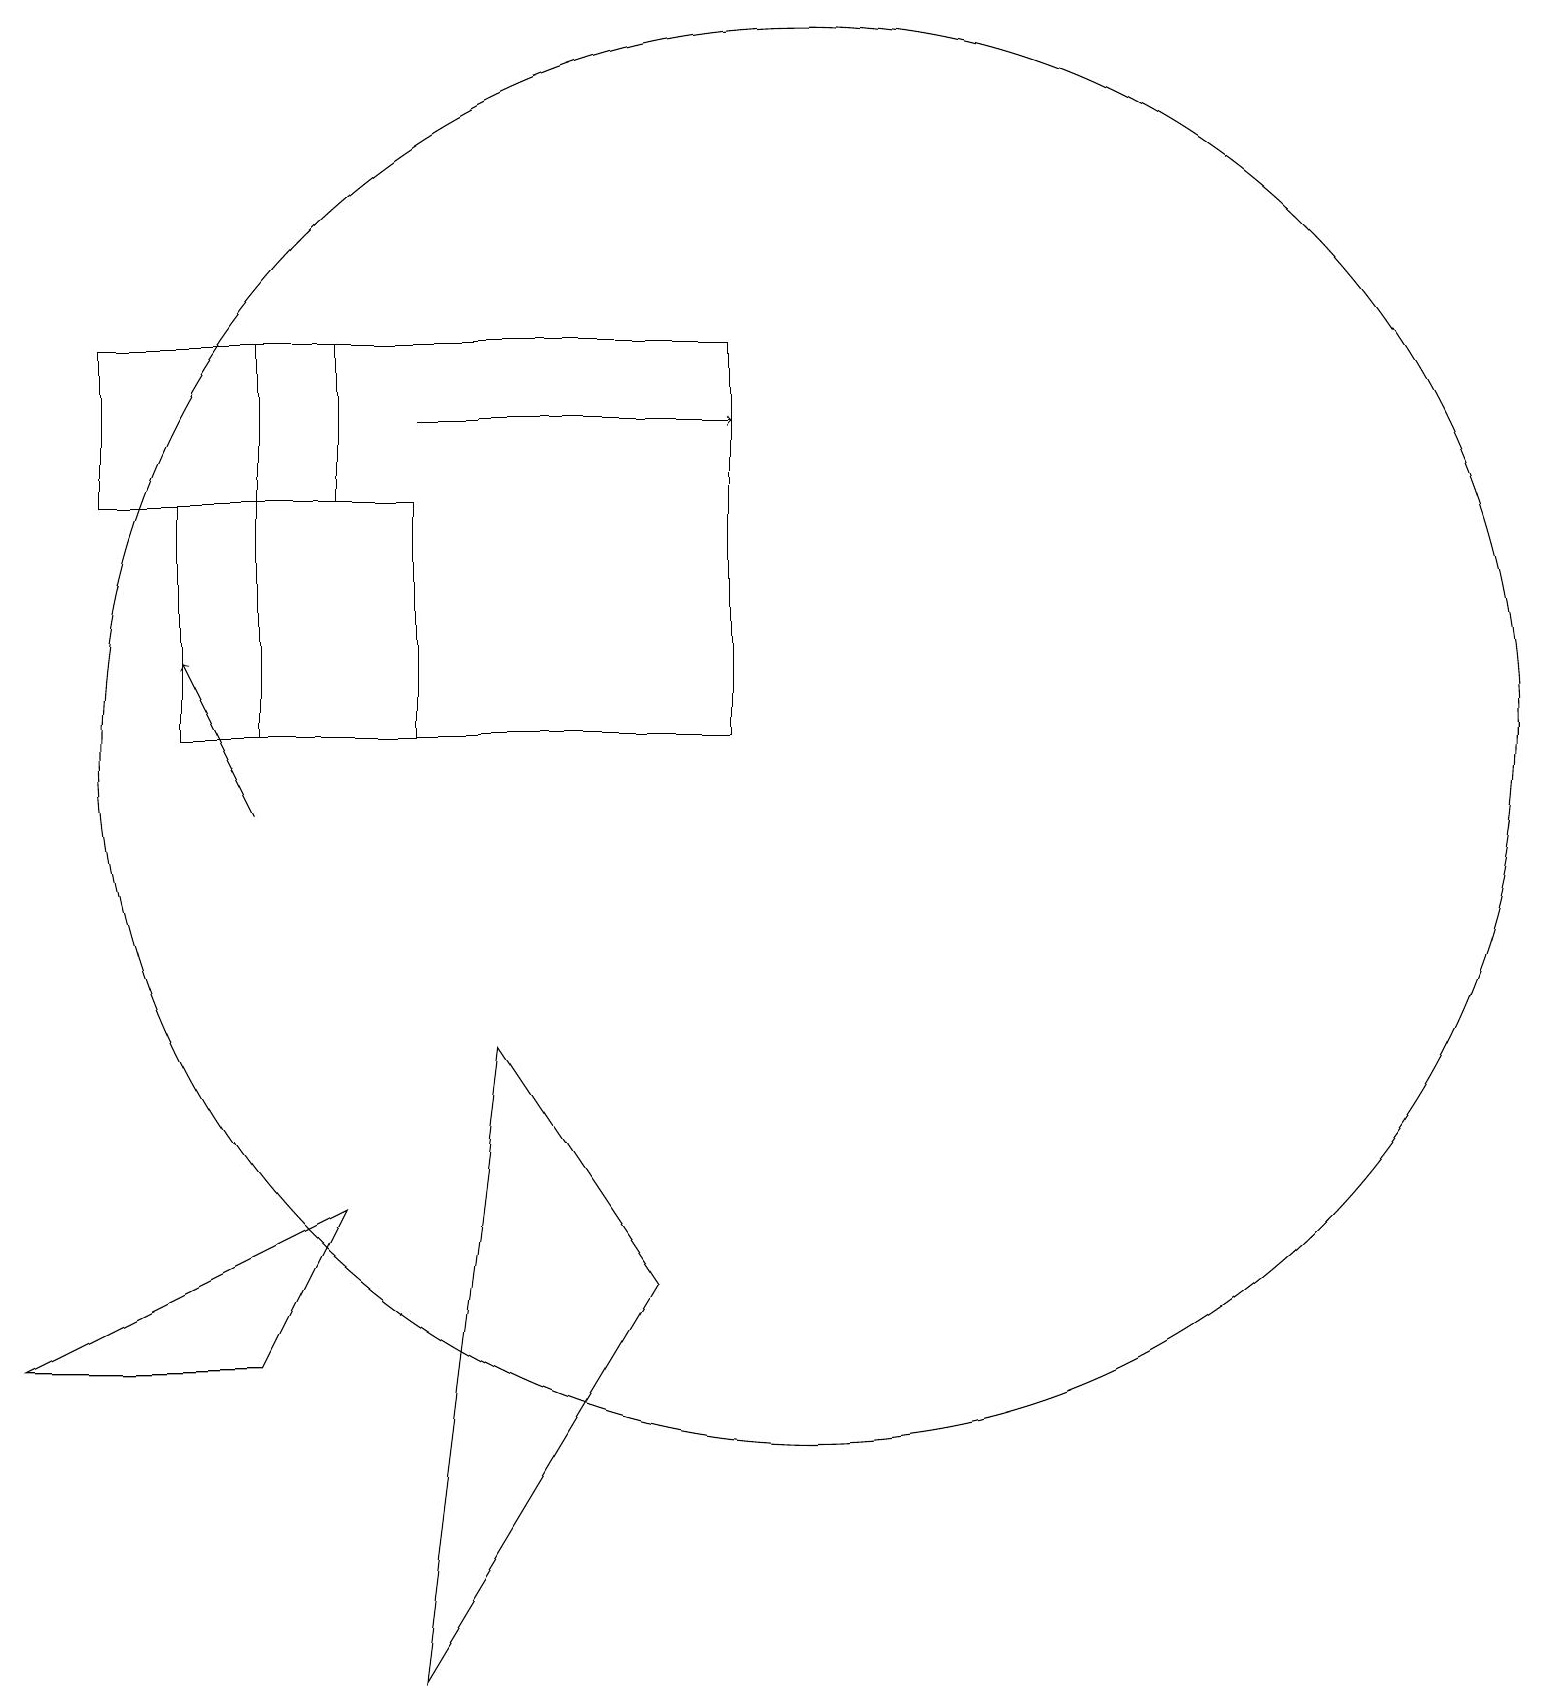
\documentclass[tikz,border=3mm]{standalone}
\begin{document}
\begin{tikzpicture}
\draw (3,17) rectangle (9,12);
\draw[->] (3,11) -- (2,13);
\draw (0,4) -- (3,4) -- (4,6) -- cycle;
\draw (2,15) rectangle (5,12);
\draw[->] (5,16) -- (9,16);
\draw (10,12) circle (9);
\draw (5,0) -- (8,5) -- (6,8) -- cycle;
\draw (4,15) rectangle (1,17);
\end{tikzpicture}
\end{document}